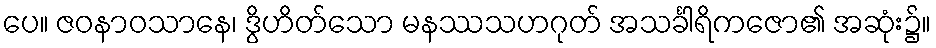
ပေ။ ဇဝနာဝသာနေ၊ ဒွိဟိတ်သော မနဿသဟဂုတ် အသင်္ခါရိကဇော၏ အဆုံး၌။